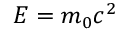
E = m _ { 0 } c ^ { 2 }